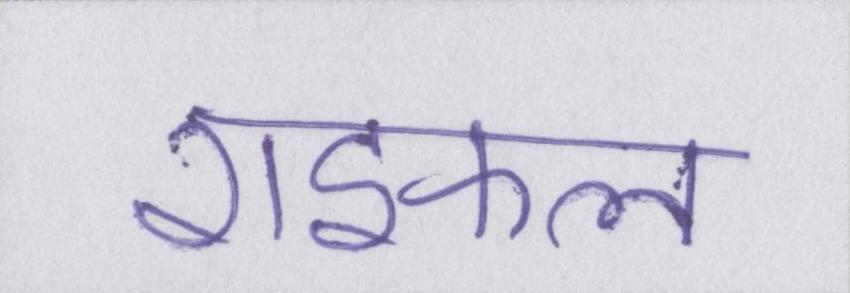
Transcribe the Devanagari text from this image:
राइफल